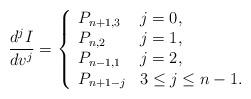
LaTeX: \begin{align*} \frac{d^jI}{dv^j}=\left\{ \begin{array}{ll} P_{n+1,3} & j=0,\\ P_{n,2} & j=1,\\ P_{n-1,1} & j=2,\\ P_{n+1-j} & 3\leq j\leq n-1. \end{array}\right.\end{align*}